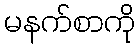
မနက်စာကို